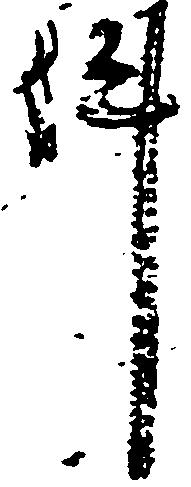
件